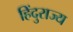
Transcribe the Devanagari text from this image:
हिंदुराज्य